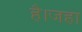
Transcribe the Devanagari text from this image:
है।जहा